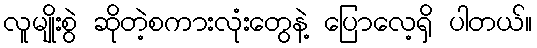
လူမျိုးစွဲ ဆိုတဲ့စကားလုံးတွေနဲ့ ပြောလေ့ရှိ ပါတယ်။